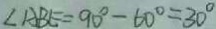
\angle A B E = 9 0 ^ { \circ } - 6 0 ^ { \circ } = 3 0 ^ { \circ }